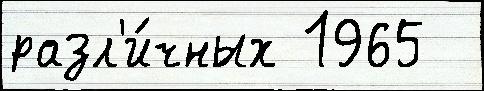
разл'и́чных 1965